Plague in India, 1896, 1897 - Volume 3
Year: 1896
Disease focus: Plague
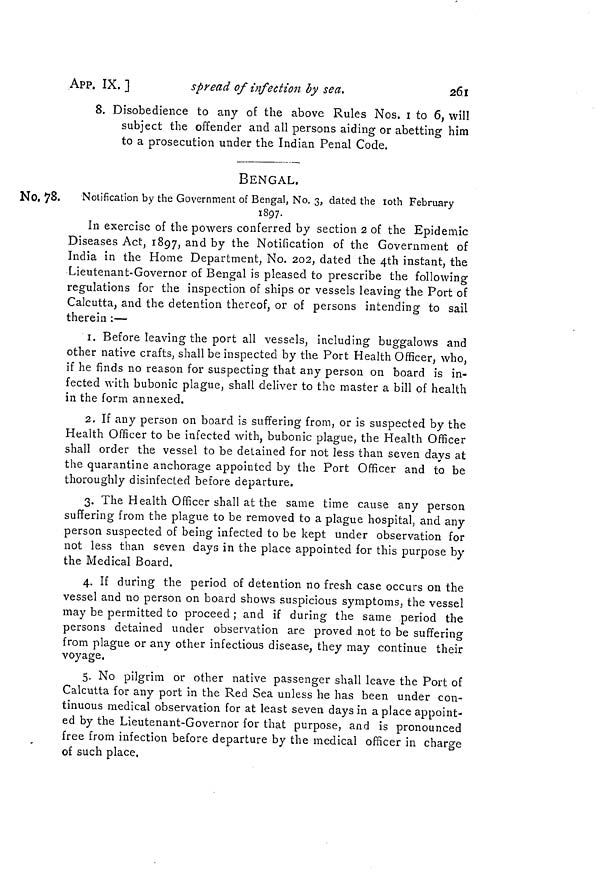
APP. IX.]
spread of infection by sea.
26.1
8. Disobedience to any of the above Rules Nos, 1 to 6, will
subject the offender and all persons aiding or abetting him
to a prosecution under the Indian Penal Code.
No. 78.
BENGAL.
Notification by the Government of Bengal, No. 3, dated the loth February
1897.
In exercise of the powers conferred by section 2 of the Epidemic
Diseases Act, 1897, and by the Notification of the Government of
India in the Home Department, No. 202, dated the 4th instant, the
Lieutenant-Governor of Bengal is pleased to prescribe the following
regulations for the inspection of ships or vessels leaving the Port of
Calcutta, and the detention thereof, or of persons intending to sail
therein :—
1. Before leaving the port all vessels, including buggalows and
other native crafts, shall be inspected by the Port Health Officer, who,
if he finds no reason for suspecting that any person on board is in-
fected with bubonic plague, shall deliver to the master a bill of health
in the form annexed.
2. If any person on board is suffering from, or is suspected by the
Health Officer to be infected with, bubonic plague, the Health Officer
shall order the vessel to be detained for not less than seven days at
the quarantine anchorage appointed by the Port Officer and to be
thoroughly disinfected before departure.
3. The Health Officer shall at the same time cause any person
suffering from the plague to be removed to a plague hospital, and any
person suspected of being infected to be kept under observation for
not less than seven days in the place appointed for this purpose by
the Medical Board.
4. If during the period of detention no fresh case occurs on the
vessel and no person on board shows suspicious symptoms, the vessel
may be permitted to proceed ; and if during the same period the
persons detained under observation are proved not to be suffering
from plague or any other infectious disease, they may continue their
voyage,
5. No pilgrim or other native passenger shall leave the Port of
Calcutta for any port in the Red Sea unless he has been under con-
tinuous medical observation for at least seven days in a place appoint-
ed by the Lieutenant-Governor for that purpose, and is pronounced
free from infection before departure by the medical officer in charge
of such place.